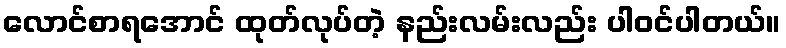
လောင်စာရအောင် ထုတ်လုပ်တဲ့ နည်းလမ်းလည်း ပါဝင်ပါတယ်။